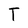
Character: T